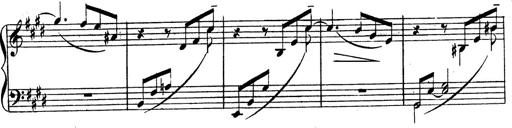
Title: 3 Caprices-Valses
Composer: Franz Liszt